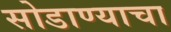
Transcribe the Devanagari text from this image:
सोडाण्याचा